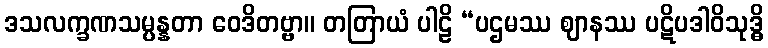
ဒသလက္ခဏသမ္ပန္နတာ ဝေဒိတဗ္ဗာ။ တတြာယံ ပါဠိ “ပဌမဿ ဈာနဿ ပဋိပဒါဝိသုဒ္ဓိ